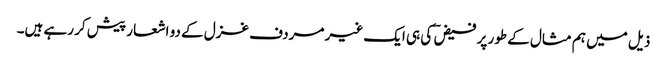
ذیل میں ہم مثال کے طور پر فیض ؔ کی ہی ایک غیر مردف غزل کے دو اشعار پیش کر رہے ہیں۔